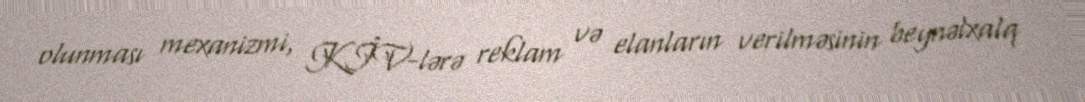
olunması mexanizmi, KİV-lərə reklam və elanların verilməsinin beynəlxalq